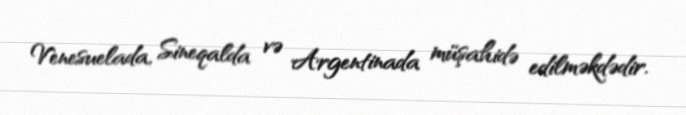
Venesuelada, Sineqalda və Argentinada müşahidə edilməkdədir.